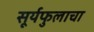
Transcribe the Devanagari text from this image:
सूर्यफुलाचा